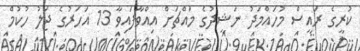
ކުރީގެ ރައީސް މުހައްމަދު ނަޝީދުގެ މައްޗަށް އިއްވާފައިވާ 13 އަހަރުގެ ޖަލު ހުކުމް